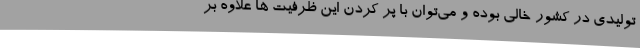
تولیدی در کشور خالی بوده و می‌توان با پر کردن این ظرفیت ها علاوه بر